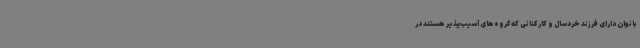
بانوان دارای فرزند خردسال و کارکنانی که گروه‌های آسیب‌پذیر هستند در